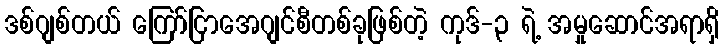
ဒစ်ဂျစ်တယ် ကြော်ငြာအေဂျင်စီတစ်ခုဖြစ်တဲ့ ကုဒ်-၃ ရဲ့ အမှုဆောင်အရာရှိ